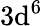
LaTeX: \mathrm{3d^{6}}